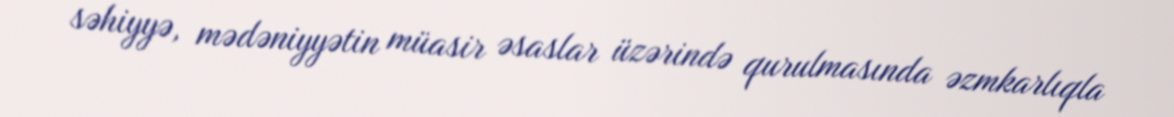
səhiyyə, mədəniyyətin müasir əsaslar üzərində qurulmasında əzmkarlıqla